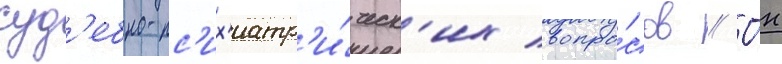
суд'ебно-пс'их'иатр'и́ческ'их вопро́сов // О́н